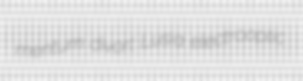
mentum divort Lusia electrooptic